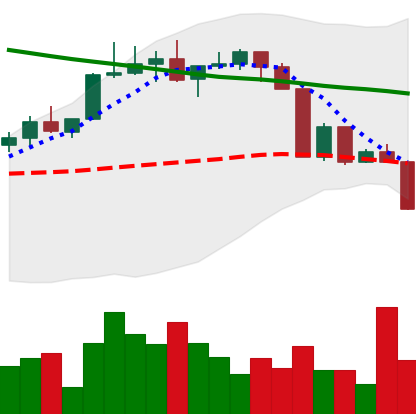
Ticker: XLM-USD
Chart end date: 2022-04-11
Forward return: 10.075%
Label: up_7plus